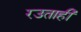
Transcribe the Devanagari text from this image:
रउताही